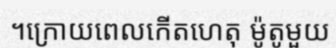
។ក្រោយពេលកើតហេតុ ម៉ូតូមួយ